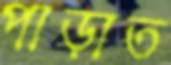
পাড়াত